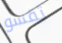
تقسو